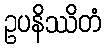
ဥပနိဿိတံ